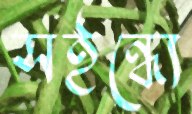
সইন্ধ্যে